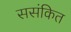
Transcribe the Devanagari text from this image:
ससंकित